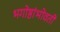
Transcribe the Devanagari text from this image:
भगोष्ठांभोवती